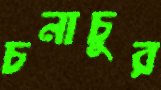
চনাচুর